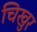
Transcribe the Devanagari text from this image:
चिखुर